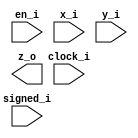


module bsg_mul_pipelined_width_p128_pipeline_p0_harden_p1
(
  clock_i,
  en_i,
  x_i,
  y_i,
  signed_i,
  z_o
);

  input [127:0] x_i;
  input [127:0] y_i;
  output [255:0] z_o;
  input clock_i;
  input en_i;
  input signed_i;
  wire [255:0] z_o;

endmodule



module bsg_mul_width_p128
(
  x_i,
  y_i,
  signed_i,
  z_o
);

  input [127:0] x_i;
  input [127:0] y_i;
  output [255:0] z_o;
  input signed_i;
  wire [255:0] z_o;

  bsg_mul_pipelined_width_p128_pipeline_p0_harden_p1
  bmp
  (
    .clock_i(1'b0),
    .en_i(1'b0),
    .x_i(x_i),
    .y_i(y_i),
    .signed_i(signed_i),
    .z_o(z_o)
  );


endmodule